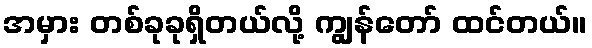
အမှား တစ်ခုခုရှိတယ်လို့ ကျွန်တော် ထင်တယ်။